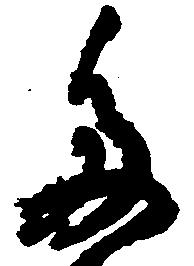
多